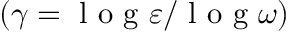
( \gamma = \mathrm { ~ l ~ o ~ g ~ } \varepsilon / \mathrm { ~ l ~ o ~ g ~ } \omega )